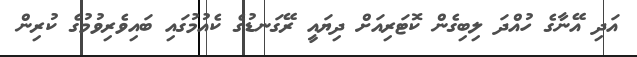
އަދި އޭނާގެ ހުއްދަ ލިބިގެން ކޮޓަރިއަށް ދިޔައީ ރޭގަނޑުގެ ކެއުމުގައި ބައިވެރިވުމުގެ ކުރިން